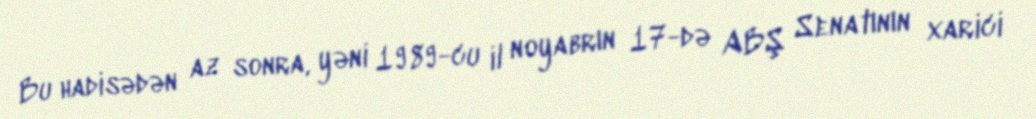
Bu hadisədən az sonra, yəni 1989-cu il noyabrın 17-də ABŞ Senatının xarici